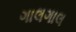
ગાલગાલ